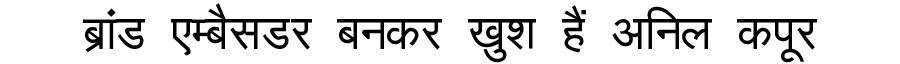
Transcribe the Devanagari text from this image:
ब्रांड एम्बैसडर बनकर खुश हैं अनिल कपूर